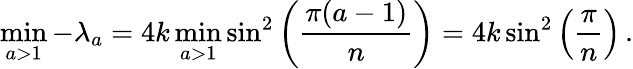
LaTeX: \operatorname*{min}_{a>1}-\lambda_{a}=4k\operatorname*{min}_{a>1}\sin^{2}\left(\frac{\pi(a-1)}{n}\right)=4k\sin^{2}\left(\frac{\pi}{n}\right)\, .